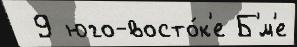
 9 юго-восто́к'е Б'́м'е